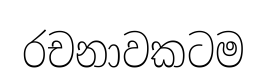
රචනාවකටම